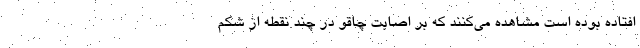
افتاده بوده است مشاهده می‌کنند که بر اصابت چاقو در چند نقطه از شکم